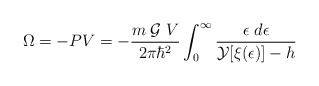
\begin{align*}\Omega=-PV=-\frac{m\;{\cal{G}}\;V}{2\pi{\hbar}^2}\int_{0}^{\infty}\frac{\epsilon\;d\epsilon}{{\cal{Y}}[\xi(\epsilon)]-h}\end{align*}